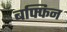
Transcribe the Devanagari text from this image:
बफ्फिन